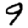
Digit: 9